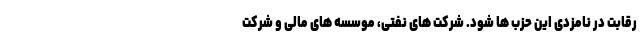
رقابت در نامزدی این حزب ها شود. شرکت های نفتی، موسسه های مالی و شرکت